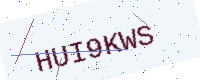
Text: HUI9KWS